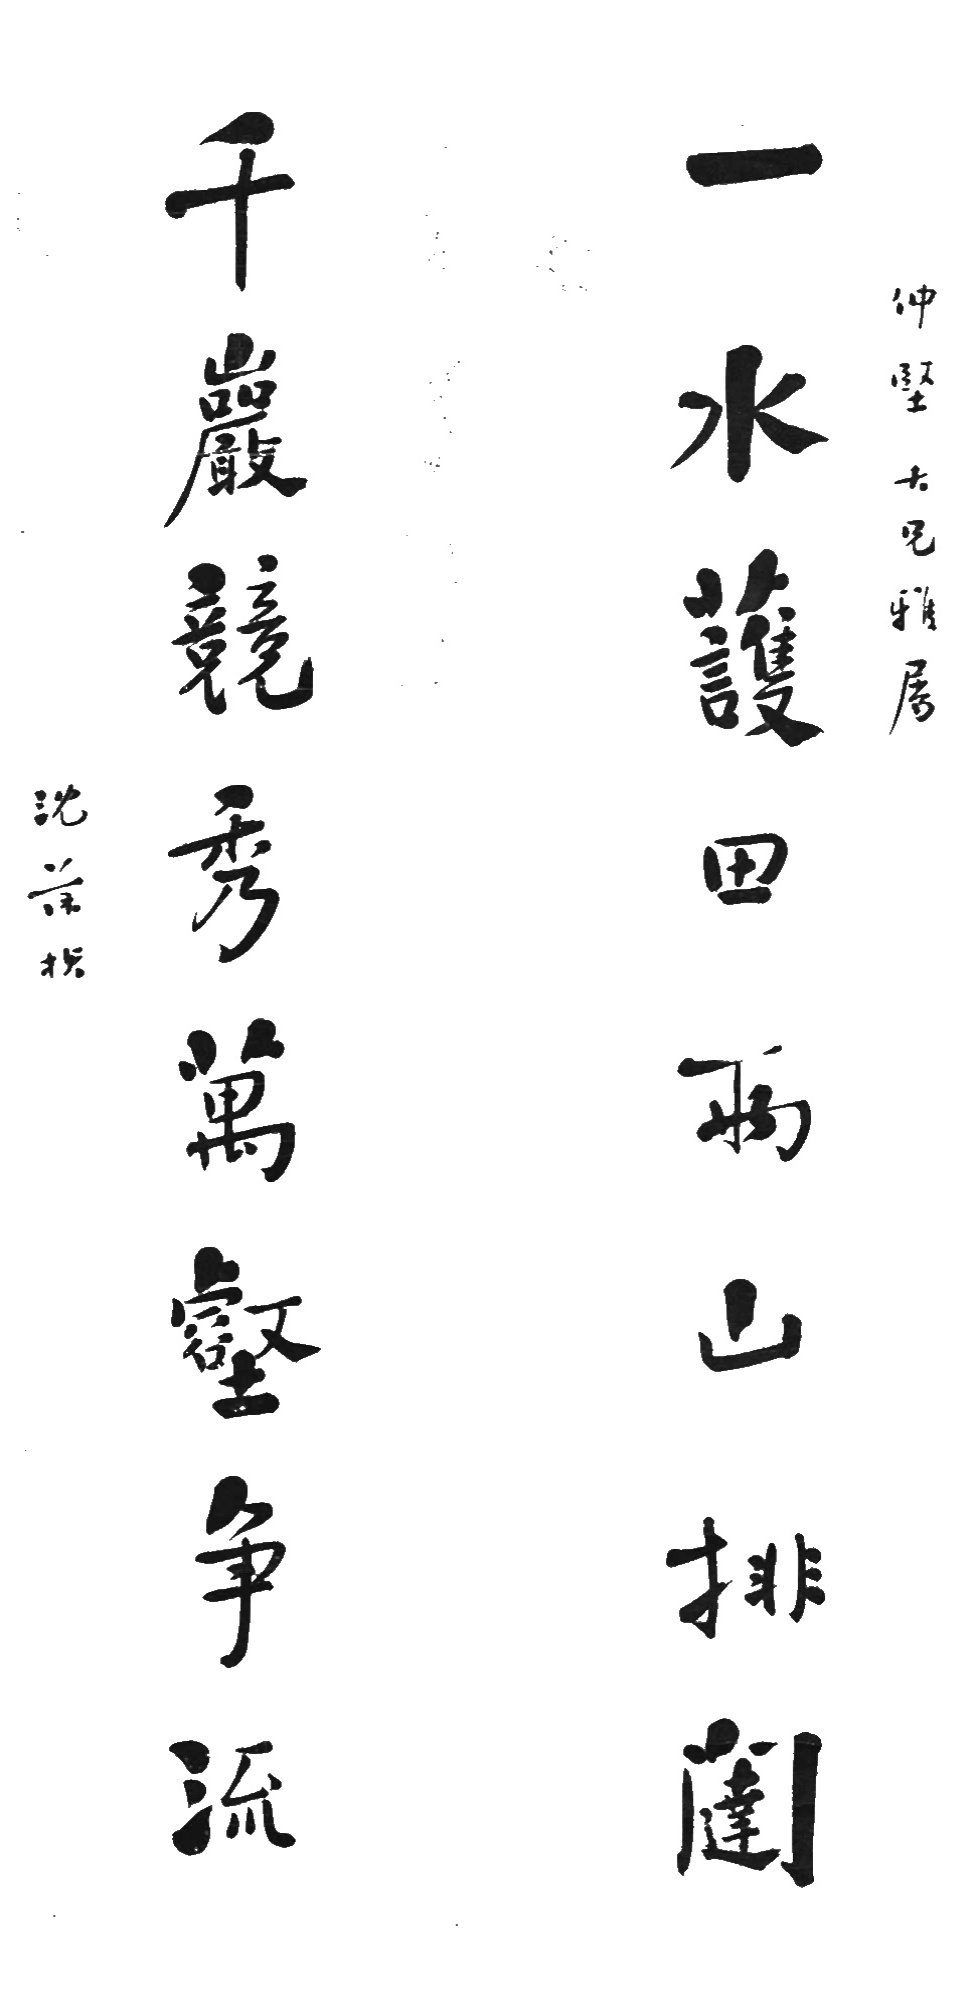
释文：一水护田两山排闼，千岩竞秀万壑争流。仲坚大兄雅属，沈葆桢。